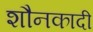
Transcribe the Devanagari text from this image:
शौनकादी